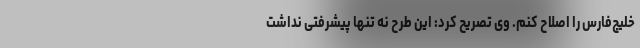
خلیج‌فارس را اصلاح کنم. وی تصریح کرد: این طرح نه تنها پیشرفتی نداشت